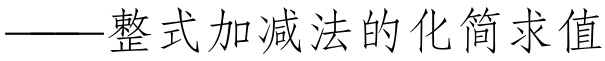
——整式加减法的化简求值